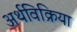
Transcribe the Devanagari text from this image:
अर्थविक्रिया